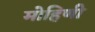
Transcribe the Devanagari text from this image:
मोहिणी